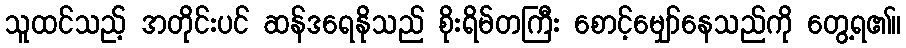
သူထင်သည့် အတိုင်းပင် ဆန်ဒရေနိုသည် စိုးရိမ်တကြီး စောင့်မျှော်နေသည်ကို တွေ့ရ၏။